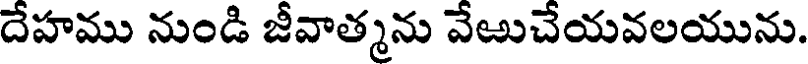
దేహము నుండి జీవాత్మను వేఱుచేయవలయును.